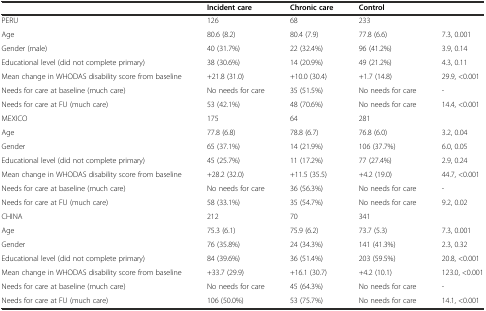
<table><thead><tr><td></td><td><b>Incident care</b></td><td><b>Chronic care</b></td><td><b>Control</b></td><td></td></tr></thead><tbody><tr><td>PERU</td><td>126</td><td>68</td><td>233</td><td></td></tr><tr><td>Age</td><td>80.6 (8.2)</td><td>80.4 (7.9)</td><td>77.8 (6.6)</td><td>7.3, 0.001</td></tr><tr><td>Gender (male)</td><td>40 (31.7%)</td><td>22 (32.4%)</td><td>96 (41.2%)</td><td>3.9, 0.14</td></tr><tr><td>Educational level (did not complete primary)</td><td>38 (30.6%)</td><td>14 (20.9%)</td><td>49 (21.2%)</td><td>4.3, 0.11</td></tr><tr><td>Mean change in WHODAS disability score from baseline</td><td>+21.8 (31.0)</td><td>+10.0 (30.4)</td><td>+1.7 (14.8)</td><td>29.9, &lt;0.001</td></tr><tr><td>Needs for care at baseline (much care)</td><td>No needs for care</td><td>35 (51.5%)</td><td>No needs for care</td><td>-</td></tr><tr><td>Needs for care at FU (much care)</td><td>53 (42.1%)</td><td>48 (70.6%)</td><td>No needs for care</td><td>14.4, &lt;0.001</td></tr><tr><td>MEXICO</td><td>175</td><td>64</td><td>281</td><td></td></tr><tr><td>Age</td><td>77.8 (6.8)</td><td>78.8 (6.7)</td><td>76.8 (6.0)</td><td>3.2, 0.04</td></tr><tr><td>Gender</td><td>65 (37.1%)</td><td>14 (21.9%)</td><td>106 (37.7%)</td><td>6.0, 0.05</td></tr><tr><td>Educational level (did not complete primary)</td><td>45 (25.7%)</td><td>11 (17.2%)</td><td>77 (27.4%)</td><td>2.9, 0.24</td></tr><tr><td>Mean change in WHODAS disability score from baseline</td><td>+28.2 (32.0)</td><td>+11.5 (35.5)</td><td>+4.2 (19.0)</td><td>44.7, &lt;0.001</td></tr><tr><td>Needs for care at baseline (much care)</td><td>No needs for care</td><td>36 (56.3%)</td><td>No needs for care</td><td>-</td></tr><tr><td>Needs for care at FU (much care)</td><td>58 (33.1%)</td><td>35 (54.7%)</td><td>No needs for care</td><td>9.2, 0.02</td></tr><tr><td>CHINA</td><td>212</td><td>70</td><td>341</td><td></td></tr><tr><td>Age</td><td>75.3 (6.1)</td><td>75.9 (6.2)</td><td>73.7 (5.3)</td><td>7.3, 0.001</td></tr><tr><td>Gender</td><td>76 (35.8%)</td><td>24 (34.3%)</td><td>141 (41.3%)</td><td>2.3, 0.32</td></tr><tr><td>Educational level (did not complete primary)</td><td>84 (39.6%)</td><td>36 (51.4%)</td><td>203 (59.5%)</td><td>20.8, &lt;0.001</td></tr><tr><td>Mean change in WHODAS disability score from baseline</td><td>+33.7 (29.9)</td><td>+16.1 (30.7)</td><td>+4.2 (10.1)</td><td>123.0, &lt;0.001</td></tr><tr><td>Needs for care at baseline (much care)</td><td>No needs for care</td><td>45 (64.3%)</td><td>No needs for care</td><td>-</td></tr><tr><td>Needs for care at FU (much care)</td><td>106 (50.0%)</td><td>53 (75.7%)</td><td>No needs for care</td><td>14.1, &lt;0.001</td></tr></tbody></table>